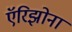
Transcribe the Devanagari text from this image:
ऍरिझोना